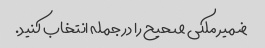
ضمیر ملکی صحیح را در جمله انتخاب کنید.